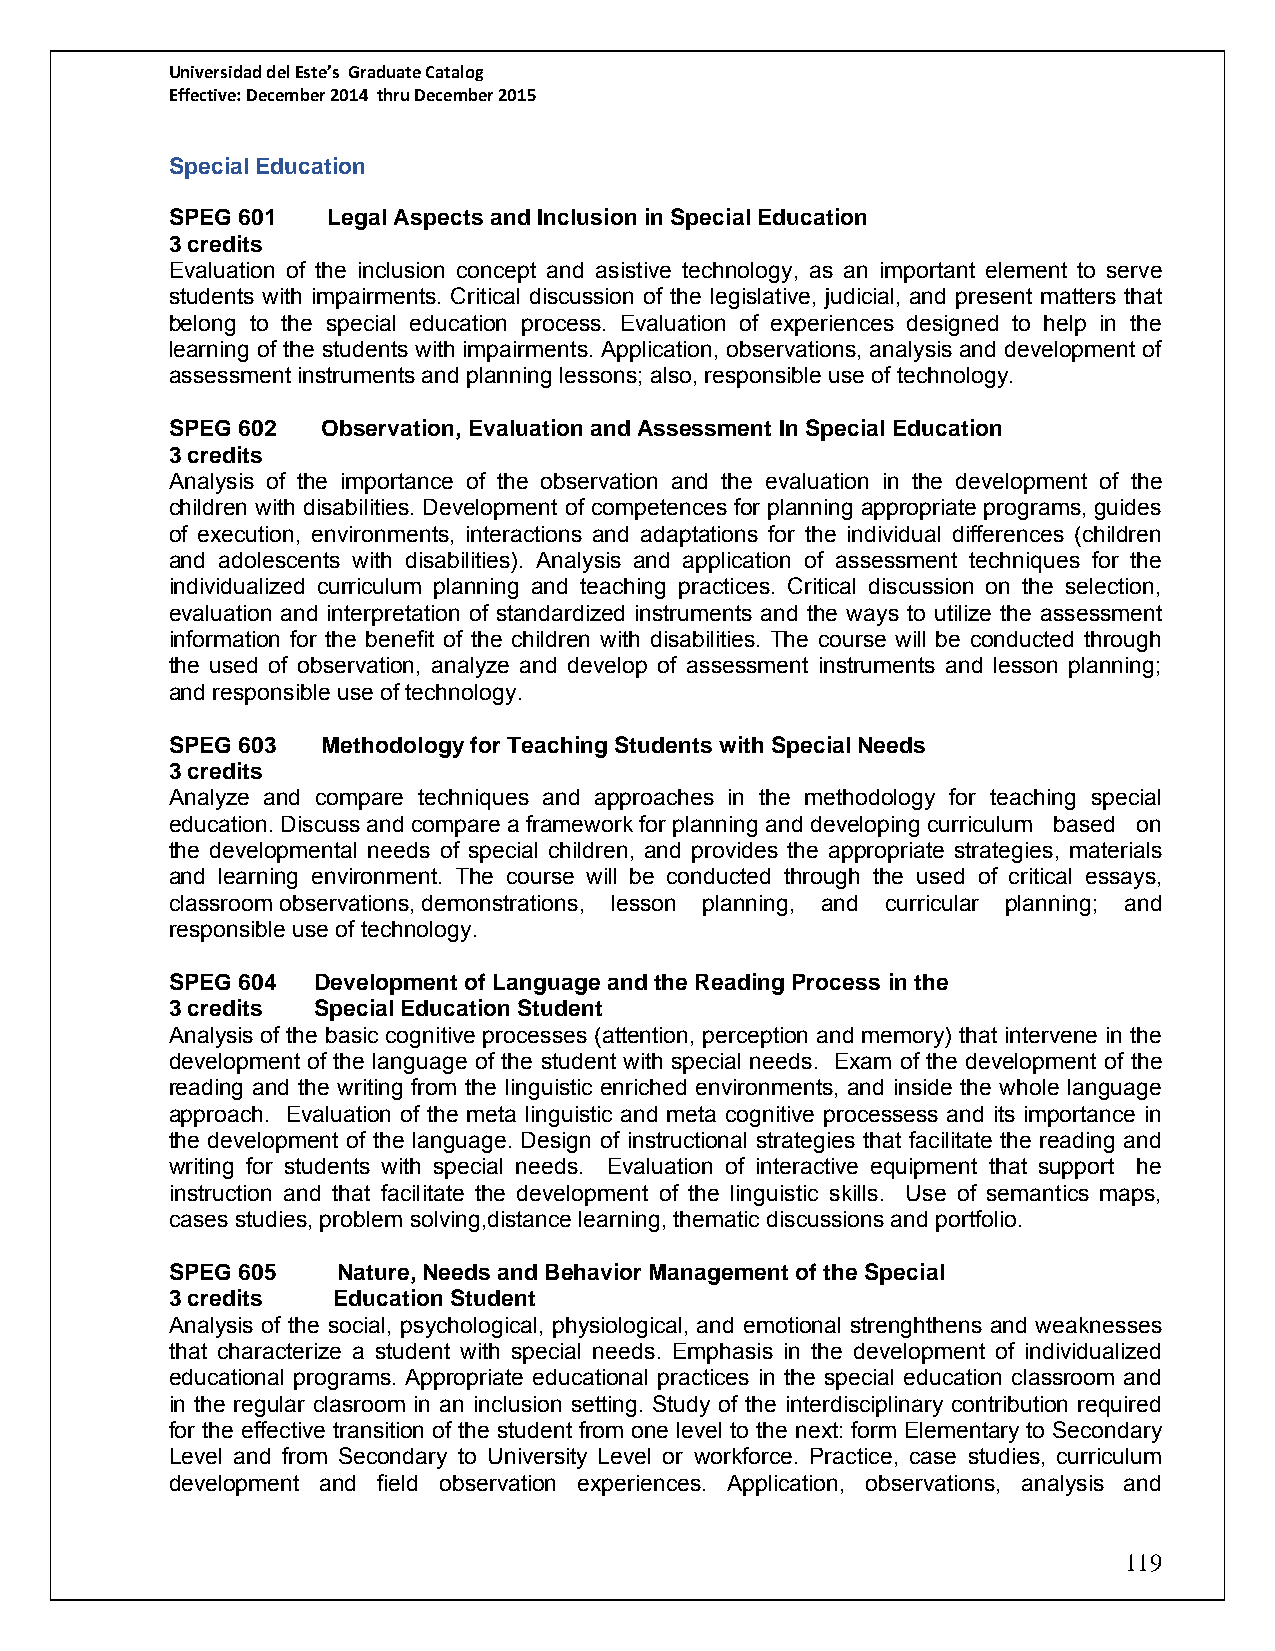
Universidad del Este’s Graduate Catalog
 Effective: December 2014 thru December 2015
 Special Education
 SPEG 601   Legal Aspects and Inclusion in Special Education
 3 credits
 Evaluation of the inclusion concept and asistive technology, as an important element to serve
 students with impairments. Critical discussion of the legislative, judicial, and present matters that
 belong to the special education process. Evaluation of experiences designed to help in the
 learning of the students with impairments. Application, observations, analysis and development of
 assessment instruments and planning lessons; also, responsible use of technology.
 SPEG 602  Observation, Evaluation and Assessment In Special Education
 3 credits
 Analysis of the importance of the observation and the evaluation in the development of the
 children with disabilities. Development of competences for planning appropriate programs, guides
 of execution, environments, interactions and adaptations for the individual differences (children
 and adolescents with disabilities). Analysis and application of assessment techniques for the
 individualized curriculum planning and teaching practices. Critical discussion on the selection,
 evaluation and interpretation of standardized instruments and the ways to utilize the assessment
 information for the benefit of the children with disabilities. The course will be conducted through
 the used of observation, analyze and develop of assessment instruments and lesson planning;
 and responsible use of technology.
 SPEG 603  Methodology for Teaching Students with Special Needs
 3 credits
 Analyze and compare techniques and approaches in the methodology for teaching special
 education. Discuss and compare a framework for planning and developing curriculum based on
 the developmental needs of special children, and provides the appropriate strategies, materials
 and learning environment. The course will be conducted through the used of critical essays,
 classroom observations, demonstrations, lesson planning, and curricular planning; and
 responsible use of technology.
 SPEG 604  Development of Language and the Reading Process in the
 3 credits Special Education Student
 Analysis of the basic cognitive processes (attention, perception and memory) that intervene in the
 development of the language of the student with special needs. Exam of the development of the
 reading and the writing from the linguistic enriched environments, and inside the whole language
 approach. Evaluation of the meta linguistic and meta cognitive processess and its importance in
 the development of the language. Design of instructional strategies that facilitate the reading and
 writing for students with special needs. Evaluation of interactive equipment that support he
 instruction and that facilitate the development of the linguistic skills. Use of semantics maps,
 cases studies, problem solving,distance learning, thematic discussions and portfolio.
 SPEG 605   Nature, Needs and Behavior Management of the Special
 3 credits  Education Student
 Analysis of the social, psychological, physiological, and emotional strenghthens and weaknesses
 that characterize a student with special needs. Emphasis in the development of individualized
 educational programs. Appropriate educational practices in the special education classroom and
 in the regular clasroom in an inclusion setting. Study of the interdisciplinary contribution required
 for the effective transition of the student from one level to the next: form Elementary to Secondary
 Level and from Secondary to University Level or workforce. Practice, case studies, curriculum
 development and field observation experiences. Application, observations, analysis and
 119